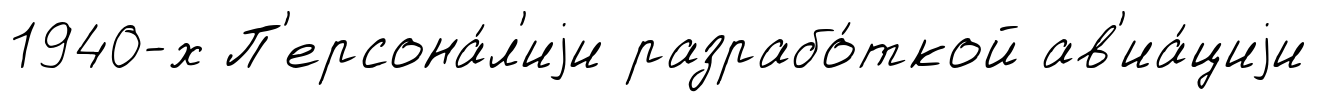
1940-х П'ерсона́л'иjи разрабо́ткой ав'иа́циjи